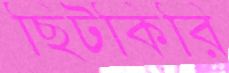
ছিটকিরি